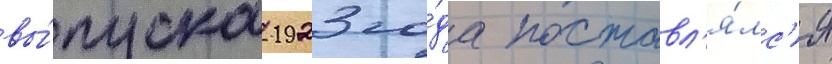
вы́пуска 1923 го́да поставл'я́лс'я